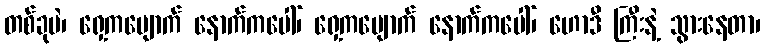
တစ်ခုပဲ၊ ရှေ့ကပျောက် နောက်ကပေါ်၊ ရှေ့ကပျောက် နောက်ကပေါ်၊ ဟောဒီ ကြီးနဲ့ သွားနေတာ၊